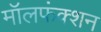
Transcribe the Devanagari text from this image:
मॉलफंक्शन